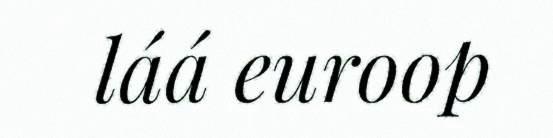
láá euroop